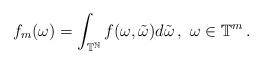
LaTeX: \begin{align*}f_m(\omega) = \int_{\mathbb{T}^{\mathbb{N}}} f(\omega, \tilde{\omega}) d\tilde{\omega}\,,\,\, \omega\in \mathbb{T}^m\,.\end{align*}